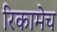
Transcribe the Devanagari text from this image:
रिकामेच